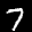
Label: 7